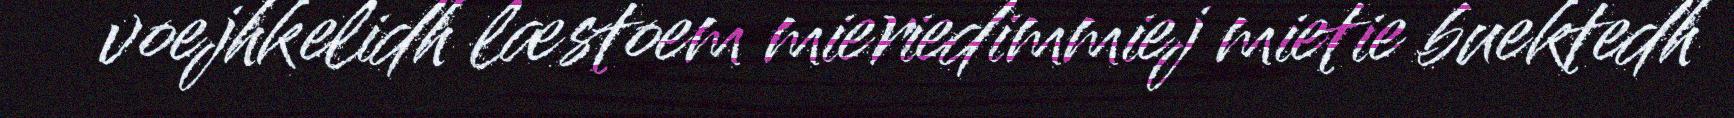
voejhkelidh læstoem mieriedimmiej mietie buektedh